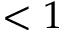
< 1